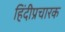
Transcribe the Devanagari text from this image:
हिंदीप्रचारक